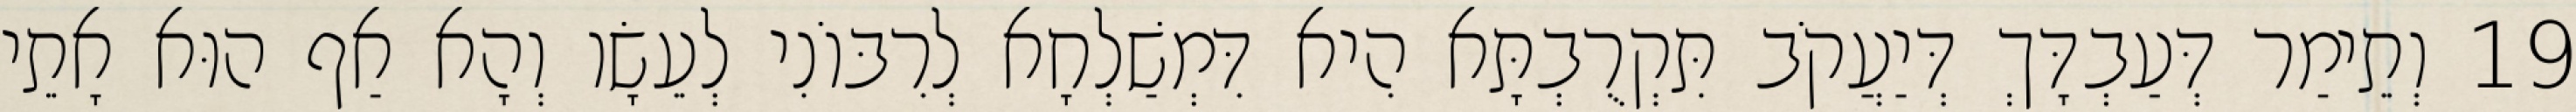
19 וְתֵימַר דְּעַבְדָּךְ דְּיַעֲקֹב תִּקְרֻבְתָּא הִיא דִּמְשַׁלְחָא לְרִבּוֹנִי לְעֵשָׂו וְהָא אַף הוּא אָתֵי